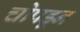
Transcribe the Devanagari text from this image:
चोपडून